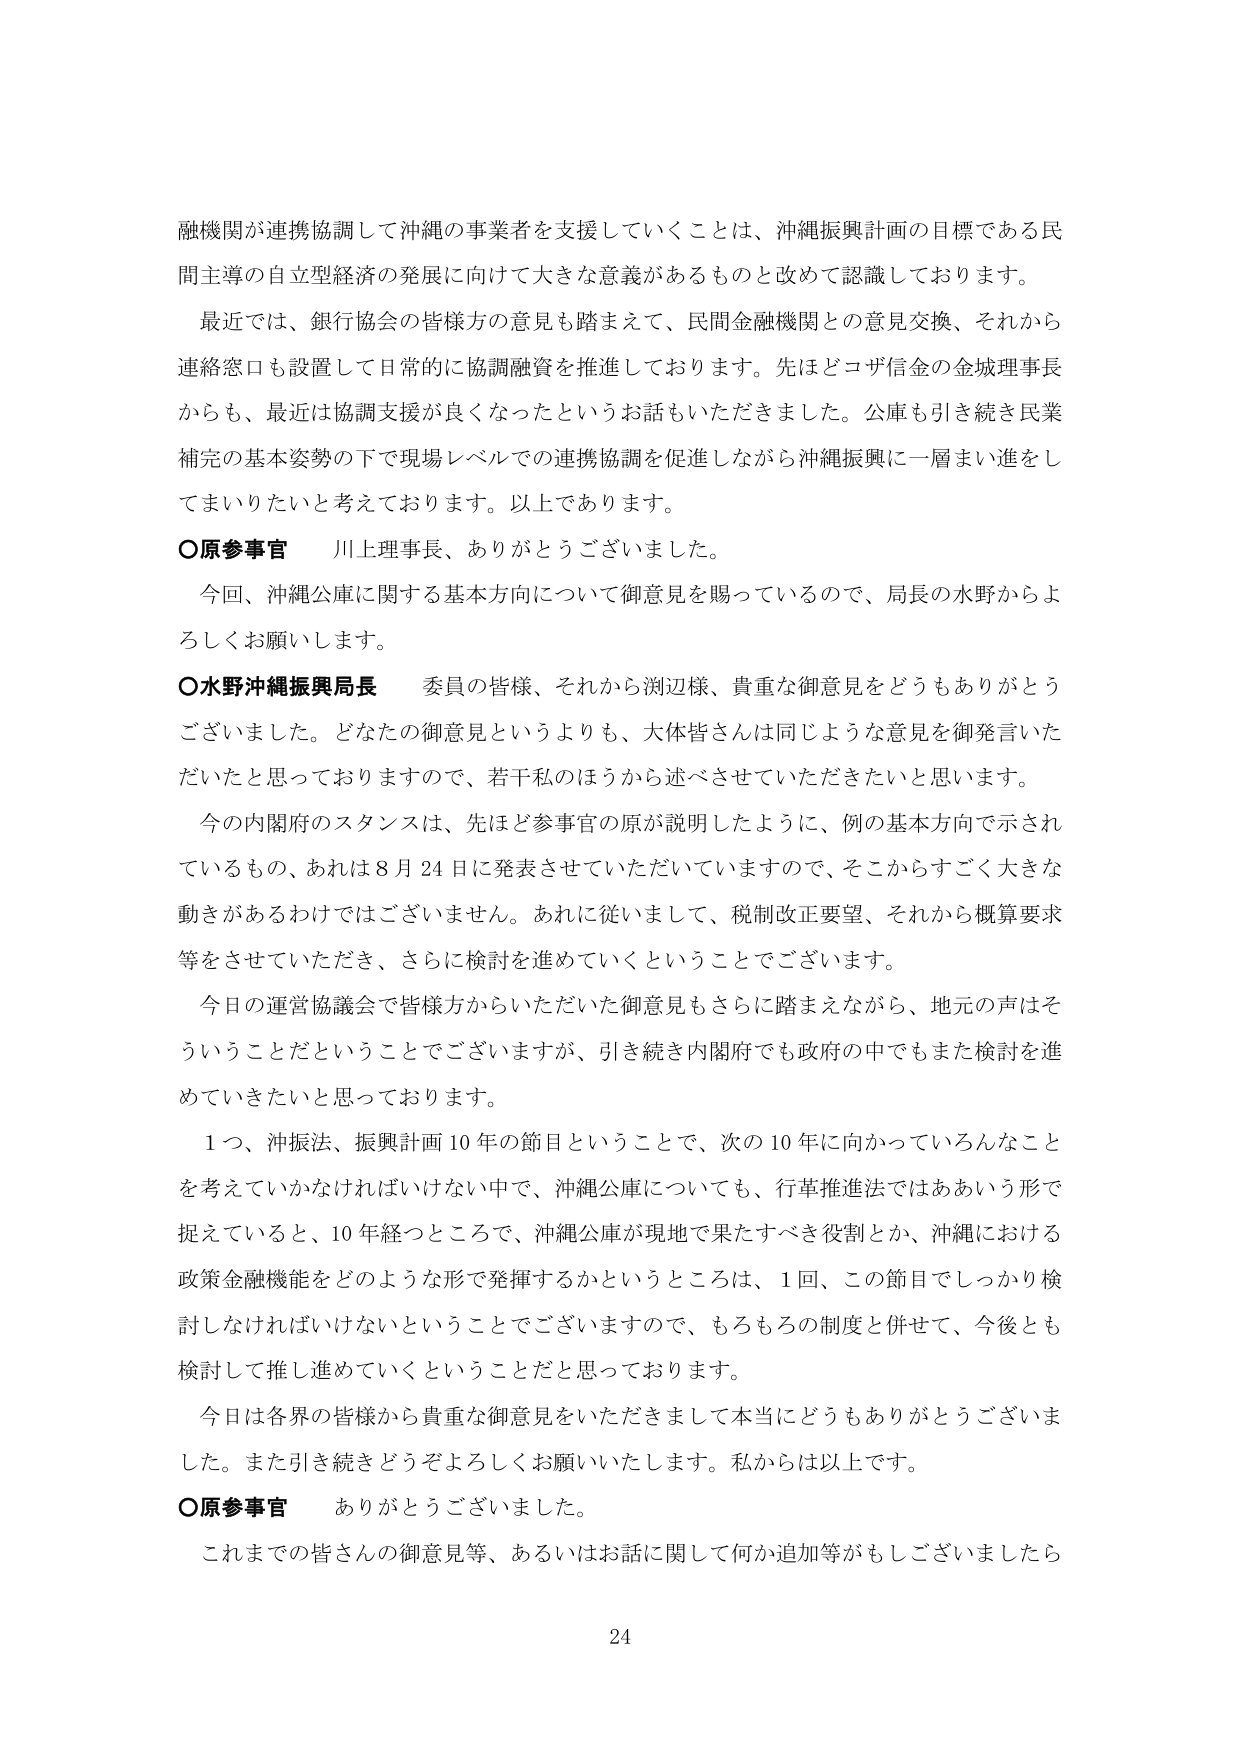
融機関が連携協調して沖縄の事業者を支援していくことは、沖縄振興計画の目標である民間主導の自立型経済の発展に向けて大きな意義があるものと改めて認識しております。

最近では、銀行協会の皆様方の意見も踏まえて、民間金融機関との意見交換、それから連絡窓口も設置して日常的に協調融資を推進しております。先ほどコザ信金の金城理事長からも、最近は協調支援が良くなったというお話もいただきました。公庫も引き続き民業補完の基本姿勢の下で現場レベルでの連携協調を促進しながら沖縄振興に一層まい進をしてまいりたいと考えております。以上であります。

○原参事官　川上理事長、ありがとうございました。

今回、沖縄公庫に関する基本方向について御意見を賜っているので、局長の水野からよろしくお願いします。

○水野沖縄振興局長　委員の皆様、それから渕辺様、貴重な御意見をどうもありがとうございました。どなたの御意見というよりも、大体皆さんは同じような意見を御発言いただいたと思っておりますので、若干私のほうから述べさせていただきたいと思います。

今の内閣府のスタンスは、先ほど参事官の原が説明したように、例の基本方向で示されているもの、あれは8月24日に発表させていただいていますので、そこからすごく大きな動きがあるわけではございません。あれに従いまして、税制改正要望、それから概算要求等をさせていただき、さらに検討を進めていくということでございます。

今日の運営協議会で皆様方からいただいた御意見もさらに踏まえながら、地元の声はそういうことだということでございますが、引き続き内閣府でも政府の中でもまた検討を進めていきたいと思っております。

1つ、沖振法、振興計画10年の節目ということで、次の10年に向かっていろんなことを考えていかなければならない中で、沖縄公庫についても、行革推進法ではああいう形で捉えていると、10年経つところで、沖縄公庫が現地で果たすべき役割とか、沖縄における政策金融機能をどのような形で発揮するかというところは、1回、この節目でしっかり検討しなければいけないということでございますので、もちろんの制度と併せて、今後とも検討して推し進めていくということだと思っております。

今日は各界の皆様から貴重な御意見をいただきまして本当にどうもありがとうございました。また引き続きどうぞよろしくお願いいたします。私からは以上です。

○原参事官　ありがとうございました。

これまでの皆さんの御意見等、あるいはお話に関して何か追加等がもしございましたら

24